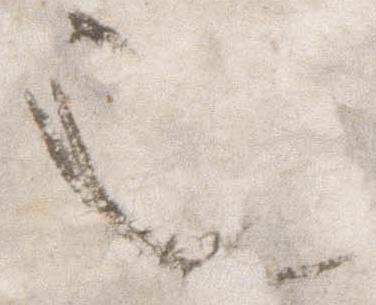
也